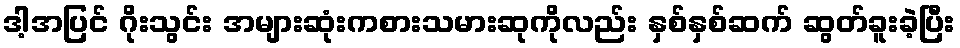
ဒါ့အပြင် ဂိုးသွင်း အများဆုံးကစားသမားဆုကိုလည်း နှစ်နှစ်ဆက် ဆွတ်ခူးခဲ့ပြီး